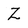
Character: Z